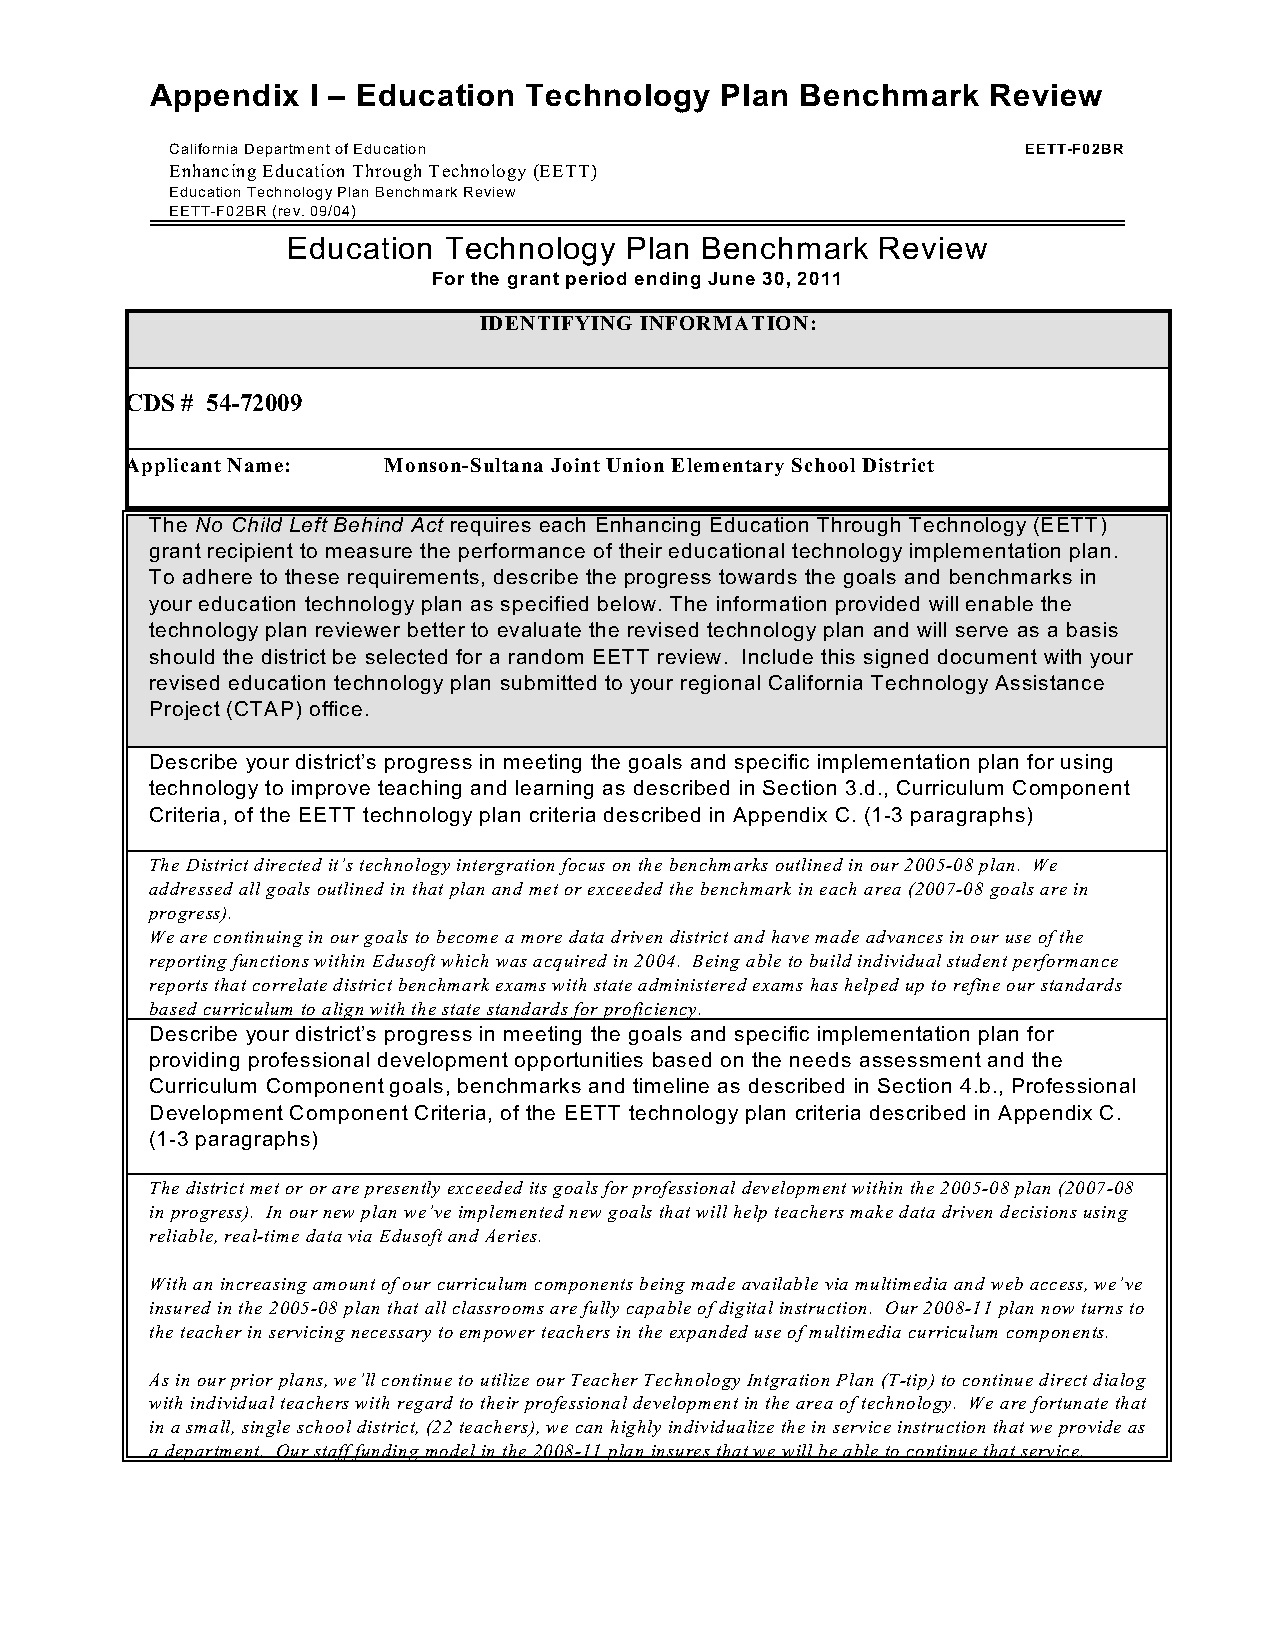
Appendix  I – Education  Technology   Plan Benchmark    Review
 California Department of Education                       EETT-F02BR
 Enhancing Education Through Technology (EETT)
 Education Technology Plan Benchmark Review
 EETT-F02BR (rev. 09/04)
 Education Technology  Plan Benchmark   Review
 For the grant period ending June 30, 2011
 IDENTIFYING INFORMATION:
 CDS # 54-72009
 Applicant Name:  Monson-Sultana Joint Union Elementary School District
 The No Child Left Behind Act requires each Enhancing Education Through Technology (EETT)
 grant recipient to measure the performance of their educational technology implementation plan.
 To adhere to these requirements, describe the progress towards the goals and benchmarks in
 your education technology plan as specified below. The information provided will enable the
 technology plan reviewer better to evaluate the revised technology plan and will serve as a basis
 should the district be selected for a random EETT review. Include this signed document with your
 revised education technology plan submitted to your regional California Technology Assistance
 Project (CTAP) office.
 Describe your district’s progress in meeting the goals and specific implementation plan for using
 technology to improve teaching and learning as described in Section 3.d., Curriculum Component
 Criteria, of the EETT technology plan criteria described in Appendix C. (1-3 paragraphs)
 The District directed it’s technology intergration focus on the benchmarks outlined in our 2005-08 plan. We
 addressed all goals outlined in that plan and met or exceeded the benchmark in each area (2007-08 goals are in
 progress).
 We are continuing in our goals to become a more data driven district and have made advances in our use of the
 reporting functions within Edusoft which was acquired in 2004. Being able to build individual student performance
 reports that correlate district benchmark exams with state administered exams has helped up to refine our standards
 based curriculum to align with the state standards for proficiency.
 Describe your district’s progress in meeting the goals and specific implementation plan for
 providing professional development opportunities based on the needs assessment and the
 Curriculum Component goals, benchmarks and timeline as described in Section 4.b., Professional
 Development Component Criteria, of the EETT technology plan criteria described in Appendix C.
 (1-3 paragraphs)
 The district met or or are presently exceeded its goals for professional development within the 2005-08 plan (2007-08
 in progress). In our new plan we’ve implemented new goals that will help teachers make data driven decisions using
 reliable, real-time data via Edusoft and Aeries.
 With an increasing amount of our curriculum components being made available via multimedia and web access, we’ve
 insured in the 2005-08 plan that all classrooms are fully capable of digital instruction. Our 2008-11 plan now turns to
 the teacher in servicing necessary to empower teachers in the expanded use of multimedia curriculum components.
 As in our prior plans, we’ll continue to utilize our Teacher Technology Intgration Plan (T-tip) to continue direct dialog
 with individual teachers with regard to their professional development in the area of technology. We are fortunate that
 in a small, single school district, (22 teachers), we can highly individualize the in service instruction that we provide as
 a department. Our staff funding model in the 2008-11 plan insures that we will be able to continue that service.